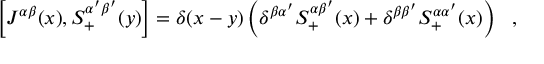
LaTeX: \left[ J ^ { \alpha \beta } ( x ) , S _ { + } ^ { \alpha ^ { \prime } \beta ^ { \prime } } ( y ) \right] = \delta ( x - y ) \left( \delta ^ { \beta \alpha ^ { \prime } } S _ { + } ^ { \alpha \beta ^ { \prime } } ( x ) + \delta ^ { \beta \beta ^ { \prime } } S _ { + } ^ { \alpha \alpha ^ { \prime } } ( x ) \right) ~ ~ ,